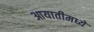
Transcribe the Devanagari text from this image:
आयातीमध्ये